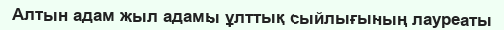
Алтын адам жыл адамы ұлттық сыйлығының лауреаты